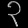
Digit: ၃